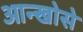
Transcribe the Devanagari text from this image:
आन्खोसे